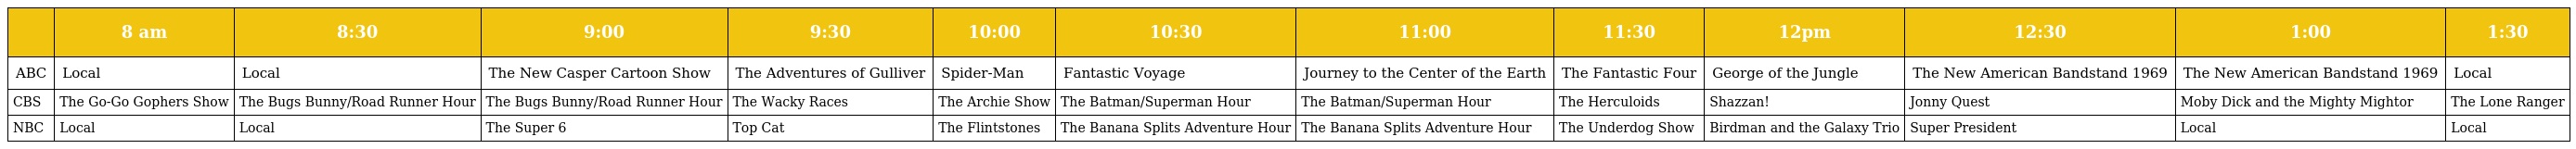
|  | 8 am | 8:30 | 9:00 | 9:30 | 10:00 | 10:30 | 11:00 | 11:30 | 12pm | 12:30 | 1:00 | 1:30 |
 | --- | --- | --- | --- | --- | --- | --- | --- | --- | --- | --- | --- | --- |
 | ABC | Local | Local | The New Casper Cartoon Show | The Adventures of Gulliver | Spider-Man | Fantastic Voyage | Journey to the Center of the Earth | The Fantastic Four | George of the Jungle | The New American Bandstand 1969 | The New American Bandstand 1969 | Local |
 | CBS | The Go-Go Gophers Show | The Bugs Bunny/Road Runner Hour | The Bugs Bunny/Road Runner Hour | The Wacky Races | The Archie Show | The Batman/Superman Hour | The Batman/Superman Hour | The Herculoids | Shazzan! | Jonny Quest | Moby Dick and the Mighty Mightor | The Lone Ranger |
 | NBC | Local | Local | The Super 6 | Top Cat | The Flintstones | The Banana Splits Adventure Hour | The Banana Splits Adventure Hour | The Underdog Show | Birdman and the Galaxy Trio | Super President | Local | Local |